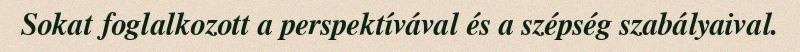
Sokat foglalkozott a perspektívával és a szépség szabályaival.